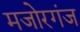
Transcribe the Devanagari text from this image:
मजोरगंज